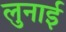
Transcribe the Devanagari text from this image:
लुनाई